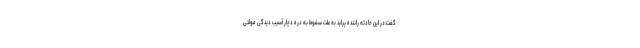
گفت:در این حادثه راننده پراید به علت سقوط به دره دچار آسیب دیدگی مولتی